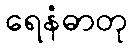
ရေနံဓာတု